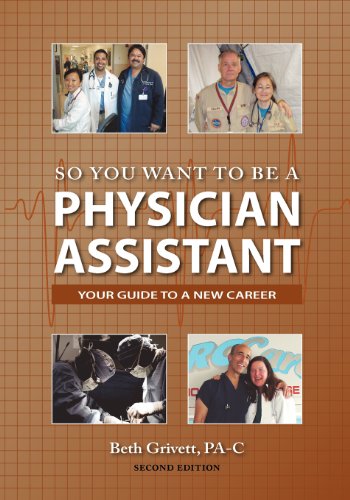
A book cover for So You Want to Be a Physician Assistant - Second Edition; Beth Grivett; Education & Teaching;